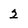
Character: 2